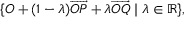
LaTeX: \{ O + ( 1 - \lambda ) { \overrightarrow { O P } } + \lambda { \overrightarrow { O Q } } \mid \lambda \in \mathbb { R } \} ,